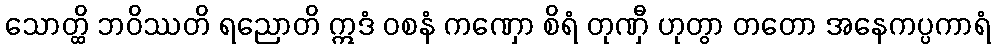
သောတ္ထိ ဘဝိဿတိ ရညောတိ ဣဒံ ဝစနံ ကဏှော စိရံ တုဏှီ ဟုတွာ တတော အနေကပ္ပကာရံ